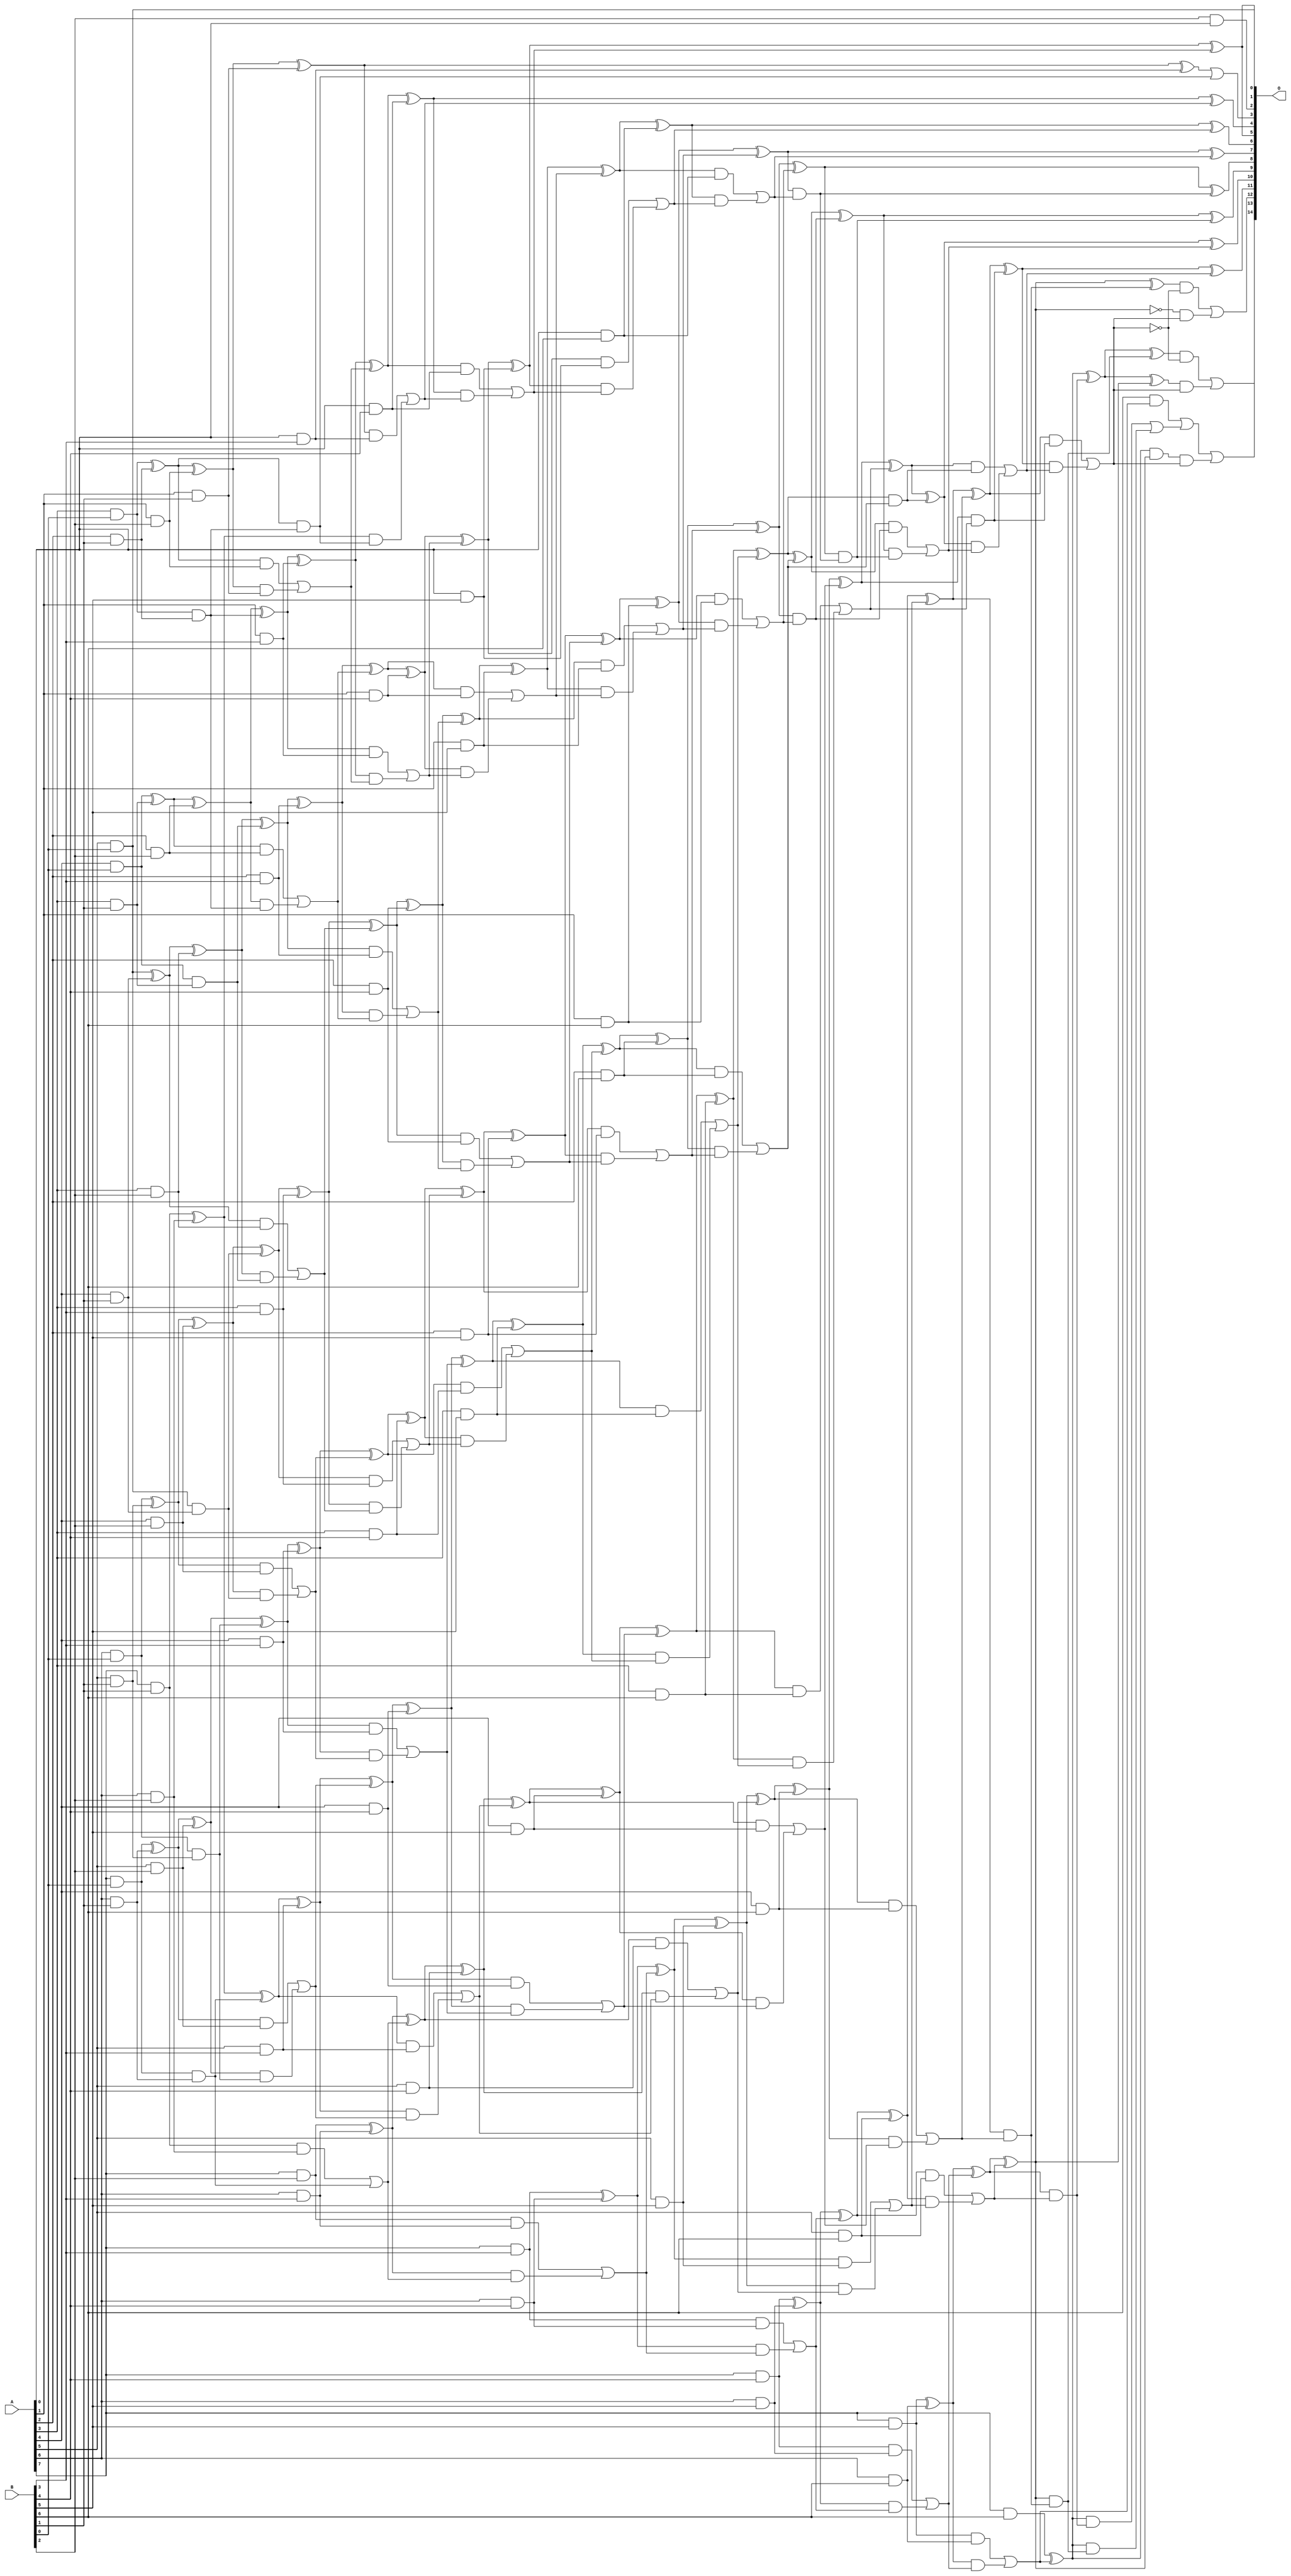
/***
* This code is a part of EvoApproxLib library (ehw.fit.vutbr.cz/approxlib) distributed under The MIT License.
* When used, please cite the following article(s): V. Mrazek, L. Sekanina, Z. Vasicek "Libraries of Approximate Circuits: Automated Design and Application in CNN Accelerators" IEEE Journal on Emerging and Selected Topics in Circuits and Systems, Vol 10, No 4, 2020 
* This file contains a circuit from a sub-set of pareto optimal circuits with respect to the pwr and wce parameters
***/
// MAE% = 0.006 %
// MAE = 2.0 
// WCE% = 0.021 %
// WCE = 7.0 
// WCRE% = 100.00 %
// EP% = 76.95 %
// MRE% = 0.22 %
// MSE = 7.0 
// PDK45_PWR = 0.317 mW
// PDK45_AREA = 578.2 um2
// PDK45_DELAY = 1.43 ns

module mul8x7u_3Y3 (
    A,
    B,
    O
);

input [7:0] A;
input [6:0] B;
output [14:0] O;

wire sig_17,sig_18,sig_19,sig_20,sig_21,sig_22,sig_25,sig_26,sig_27,sig_28,sig_29,sig_30,sig_31,sig_35,sig_36,sig_37,sig_38,sig_39,sig_40,sig_41;
wire sig_42,sig_43,sig_44,sig_46,sig_47,sig_48,sig_49,sig_50,sig_51,sig_52,sig_54,sig_58,sig_59,sig_60,sig_61,sig_62,sig_63,sig_64,sig_65,sig_66;
wire sig_67,sig_68,sig_69,sig_70,sig_71,sig_72,sig_73,sig_74,sig_75,sig_76,sig_77,sig_78,sig_79,sig_80,sig_81,sig_82,sig_83,sig_84,sig_86,sig_87;
wire sig_88,sig_89,sig_90,sig_91,sig_92,sig_93,sig_94,sig_95,sig_96,sig_97,sig_98,sig_99,sig_100,sig_101,sig_102,sig_103,sig_104,sig_105,sig_106,sig_107;
wire sig_108,sig_109,sig_110,sig_111,sig_112,sig_113,sig_114,sig_115,sig_116,sig_117,sig_118,sig_119,sig_120,sig_121,sig_122,sig_123,sig_124,sig_125,sig_126,sig_127;
wire sig_128,sig_129,sig_130,sig_131,sig_132,sig_133,sig_134,sig_135,sig_136,sig_137,sig_138,sig_139,sig_140,sig_141,sig_142,sig_143,sig_144,sig_145,sig_146,sig_147;
wire sig_148,sig_149,sig_150,sig_151,sig_152,sig_153,sig_154,sig_155,sig_156,sig_157,sig_158,sig_159,sig_160,sig_161,sig_162,sig_163,sig_164,sig_165,sig_166,sig_167;
wire sig_168,sig_169,sig_170,sig_171,sig_172,sig_173,sig_174,sig_175,sig_176,sig_177,sig_178,sig_179,sig_180,sig_181,sig_182,sig_183,sig_184,sig_185,sig_186,sig_187;
wire sig_188,sig_189,sig_190,sig_191,sig_192,sig_193,sig_194,sig_195,sig_196,sig_197,sig_198,sig_199,sig_200,sig_201,sig_202,sig_203,sig_204,sig_205,sig_206,sig_207;
wire sig_208,sig_209,sig_210,sig_211,sig_212,sig_213,sig_214,sig_215,sig_216,sig_217,sig_218,sig_219,sig_220,sig_221,sig_222,sig_223,sig_224,sig_225,sig_226,sig_227;
wire sig_228,sig_229,sig_230,sig_231,sig_232,sig_233,sig_234,sig_235,sig_236,sig_237,sig_238,sig_239,sig_240,sig_241,sig_242,sig_243,sig_244,sig_245,sig_246,sig_247;
wire sig_248,sig_249,sig_250,sig_251,sig_252,sig_253,sig_254,sig_255,sig_256,sig_257,sig_258,sig_259,sig_260,sig_261,sig_262,sig_263,sig_264,sig_265,sig_266,sig_267;
wire sig_268,sig_269,sig_270,sig_271,sig_272,sig_273,sig_274,sig_275,sig_276,sig_277,sig_278,sig_279,sig_280,sig_281,sig_282,sig_283,sig_284,sig_285,sig_286,sig_287;
wire sig_288,sig_289,sig_290,sig_291,sig_292,sig_293,sig_294,sig_295,sig_296,sig_297,sig_298,sig_301,sig_305,sig_306,sig_309,sig_310,sig_311,sig_312,sig_313,sig_314;
wire sig_315,sig_316,sig_319,sig_320;

assign sig_17 = A[1] & B[1];
assign sig_18 = A[3] & B[0];
assign sig_19 = A[4] & B[0];
assign sig_20 = A[5] & B[0];
assign sig_21 = A[6] & B[0];
assign sig_22 = A[7] & B[0];
assign sig_25 = A[2] & B[1];
assign sig_26 = A[3] & B[1];
assign sig_27 = A[4] & B[1];
assign sig_28 = A[5] & B[1];
assign sig_29 = A[6] & B[1];
assign sig_30 = A[7] & B[1];
assign sig_31 = B[2] & A[0];
assign sig_35 = sig_18 & sig_25;
assign sig_36 = sig_18 ^ sig_25;
assign sig_37 = sig_19 & sig_26;
assign sig_38 = sig_19 ^ sig_26;
assign sig_39 = sig_20 & sig_27;
assign sig_40 = sig_20 ^ sig_27;
assign sig_41 = sig_21 & sig_28;
assign sig_42 = sig_21 ^ sig_28;
assign sig_43 = sig_22 & sig_29;
assign sig_44 = sig_22 ^ sig_29;
assign sig_46 = A[1] & B[2];
assign sig_47 = A[2] & B[2];
assign sig_48 = A[3] & B[2];
assign sig_49 = A[4] & B[2];
assign sig_50 = A[5] & B[2];
assign sig_51 = A[6] & B[2];
assign sig_52 = A[7] & B[2];
assign sig_54 = sig_36 & sig_35;
assign sig_58 = sig_36 ^ sig_46;
assign sig_59 = sig_36 & sig_46;
assign sig_60 = sig_58 & sig_17;
assign sig_61 = sig_58 ^ sig_17;
assign sig_62 = sig_59 | sig_60;
assign sig_63 = sig_38 ^ sig_47;
assign sig_64 = sig_38 & sig_47;
assign sig_65 = sig_63 & sig_35;
assign sig_66 = sig_63 ^ sig_35;
assign sig_67 = sig_64 | sig_65;
assign sig_68 = sig_40 ^ sig_48;
assign sig_69 = sig_40 & sig_48;
assign sig_70 = sig_68 & sig_37;
assign sig_71 = sig_68 ^ sig_37;
assign sig_72 = sig_69 | sig_70;
assign sig_73 = sig_42 ^ sig_49;
assign sig_74 = sig_42 & sig_49;
assign sig_75 = sig_73 & sig_39;
assign sig_76 = sig_73 ^ sig_39;
assign sig_77 = sig_74 | sig_75;
assign sig_78 = sig_44 ^ sig_50;
assign sig_79 = sig_44 & sig_50;
assign sig_80 = sig_78 & sig_41;
assign sig_81 = sig_78 ^ sig_41;
assign sig_82 = sig_79 | sig_80;
assign sig_83 = sig_30 ^ sig_51;
assign sig_84 = sig_30 & sig_51;
assign sig_86 = sig_83 ^ sig_43;
assign sig_87 = sig_84 | sig_43;
assign sig_88 = A[0] & B[3];
assign sig_89 = A[1] & B[3];
assign sig_90 = A[2] & B[3];
assign sig_91 = A[3] & B[3];
assign sig_92 = A[4] & B[3];
assign sig_93 = A[5] & B[3];
assign sig_94 = A[6] & B[3];
assign sig_95 = A[7] & B[3];
assign sig_96 = sig_61 ^ sig_88;
assign sig_97 = sig_61 & sig_88;
assign sig_98 = sig_83 & sig_54;
assign sig_99 = sig_96 | sig_54;
assign sig_100 = sig_97 | sig_98;
assign sig_101 = sig_66 ^ sig_89;
assign sig_102 = sig_66 & sig_89;
assign sig_103 = sig_101 & sig_62;
assign sig_104 = sig_101 ^ sig_62;
assign sig_105 = sig_102 | sig_103;
assign sig_106 = sig_71 ^ sig_90;
assign sig_107 = sig_71 & sig_90;
assign sig_108 = sig_106 & sig_67;
assign sig_109 = sig_106 ^ sig_67;
assign sig_110 = sig_107 | sig_108;
assign sig_111 = sig_76 ^ sig_91;
assign sig_112 = sig_76 & sig_91;
assign sig_113 = sig_111 & sig_72;
assign sig_114 = sig_111 ^ sig_72;
assign sig_115 = sig_112 | sig_113;
assign sig_116 = sig_81 ^ sig_92;
assign sig_117 = sig_81 & sig_92;
assign sig_118 = sig_116 & sig_77;
assign sig_119 = sig_116 ^ sig_77;
assign sig_120 = sig_117 | sig_118;
assign sig_121 = sig_86 ^ sig_93;
assign sig_122 = sig_86 & sig_93;
assign sig_123 = sig_121 & sig_82;
assign sig_124 = sig_121 ^ sig_82;
assign sig_125 = sig_122 | sig_123;
assign sig_126 = sig_52 ^ sig_94;
assign sig_127 = sig_52 & sig_94;
assign sig_128 = sig_126 & sig_87;
assign sig_129 = sig_126 ^ sig_87;
assign sig_130 = sig_127 | sig_128;
assign sig_131 = A[0] & B[4];
assign sig_132 = A[1] & B[4];
assign sig_133 = A[2] & B[4];
assign sig_134 = A[3] & B[4];
assign sig_135 = A[4] & B[4];
assign sig_136 = A[5] & B[4];
assign sig_137 = A[6] & B[4];
assign sig_138 = A[7] & B[4];
assign sig_139 = sig_104 ^ sig_131;
assign sig_140 = sig_104 & sig_131;
assign sig_141 = sig_139 & sig_100;
assign sig_142 = sig_139 ^ sig_100;
assign sig_143 = sig_140 | sig_141;
assign sig_144 = sig_109 ^ sig_132;
assign sig_145 = sig_109 & sig_132;
assign sig_146 = sig_144 & sig_105;
assign sig_147 = sig_144 ^ sig_105;
assign sig_148 = sig_145 | sig_146;
assign sig_149 = sig_114 ^ sig_133;
assign sig_150 = sig_114 & sig_133;
assign sig_151 = sig_149 & sig_110;
assign sig_152 = sig_149 ^ sig_110;
assign sig_153 = sig_150 | sig_151;
assign sig_154 = sig_119 ^ sig_134;
assign sig_155 = sig_119 & sig_134;
assign sig_156 = sig_154 & sig_115;
assign sig_157 = sig_154 ^ sig_115;
assign sig_158 = sig_155 | sig_156;
assign sig_159 = sig_124 ^ sig_135;
assign sig_160 = sig_124 & sig_135;
assign sig_161 = sig_159 & sig_120;
assign sig_162 = sig_159 ^ sig_120;
assign sig_163 = sig_160 | sig_161;
assign sig_164 = sig_129 ^ sig_136;
assign sig_165 = sig_129 & sig_136;
assign sig_166 = sig_164 & sig_125;
assign sig_167 = sig_164 ^ sig_125;
assign sig_168 = sig_165 | sig_166;
assign sig_169 = sig_95 ^ sig_137;
assign sig_170 = sig_95 & sig_137;
assign sig_171 = sig_169 & sig_130;
assign sig_172 = sig_169 ^ sig_130;
assign sig_173 = sig_170 | sig_171;
assign sig_174 = A[0] & B[5];
assign sig_175 = A[1] & B[5];
assign sig_176 = A[2] & B[5];
assign sig_177 = A[3] & B[5];
assign sig_178 = A[4] & B[5];
assign sig_179 = A[5] & B[5];
assign sig_180 = A[6] & B[5];
assign sig_181 = A[7] & B[5];
assign sig_182 = sig_147 ^ sig_174;
assign sig_183 = sig_147 & sig_174;
assign sig_184 = sig_182 & sig_143;
assign sig_185 = sig_182 ^ sig_143;
assign sig_186 = sig_183 | sig_184;
assign sig_187 = sig_152 ^ sig_175;
assign sig_188 = sig_152 & sig_175;
assign sig_189 = sig_187 & sig_148;
assign sig_190 = sig_187 ^ sig_148;
assign sig_191 = sig_188 | sig_189;
assign sig_192 = sig_157 ^ sig_176;
assign sig_193 = sig_157 & sig_176;
assign sig_194 = sig_192 & sig_153;
assign sig_195 = sig_192 ^ sig_153;
assign sig_196 = sig_193 | sig_194;
assign sig_197 = sig_162 ^ sig_177;
assign sig_198 = sig_162 & sig_177;
assign sig_199 = sig_197 & sig_158;
assign sig_200 = sig_197 ^ sig_158;
assign sig_201 = sig_198 | sig_199;
assign sig_202 = sig_167 ^ sig_178;
assign sig_203 = sig_167 & sig_178;
assign sig_204 = sig_202 & sig_163;
assign sig_205 = sig_202 ^ sig_163;
assign sig_206 = sig_203 | sig_204;
assign sig_207 = sig_172 ^ sig_179;
assign sig_208 = sig_172 & sig_179;
assign sig_209 = sig_207 & sig_168;
assign sig_210 = sig_207 ^ sig_168;
assign sig_211 = sig_208 | sig_209;
assign sig_212 = sig_138 ^ sig_180;
assign sig_213 = sig_138 & sig_180;
assign sig_214 = sig_212 & sig_173;
assign sig_215 = sig_212 ^ sig_173;
assign sig_216 = sig_213 | sig_214;
assign sig_217 = A[0] & B[6];
assign sig_218 = A[1] & B[6];
assign sig_219 = A[2] & B[6];
assign sig_220 = A[3] & B[6];
assign sig_221 = A[4] & B[6];
assign sig_222 = A[5] & B[6];
assign sig_223 = A[6] & B[6];
assign sig_224 = A[7] & B[6];
assign sig_225 = sig_190 ^ sig_217;
assign sig_226 = sig_190 & sig_217;
assign sig_227 = sig_225 & sig_186;
assign sig_228 = sig_225 ^ sig_186;
assign sig_229 = sig_226 | sig_227;
assign sig_230 = sig_195 ^ sig_218;
assign sig_231 = sig_195 & sig_218;
assign sig_232 = sig_230 & sig_191;
assign sig_233 = sig_230 ^ sig_191;
assign sig_234 = sig_231 | sig_232;
assign sig_235 = sig_200 ^ sig_219;
assign sig_236 = sig_200 & sig_219;
assign sig_237 = sig_235 & sig_196;
assign sig_238 = sig_235 ^ sig_196;
assign sig_239 = sig_236 | sig_237;
assign sig_240 = sig_205 ^ sig_220;
assign sig_241 = sig_205 & sig_220;
assign sig_242 = sig_240 & sig_201;
assign sig_243 = sig_240 ^ sig_201;
assign sig_244 = sig_241 | sig_242;
assign sig_245 = sig_210 ^ sig_221;
assign sig_246 = sig_210 & sig_221;
assign sig_247 = sig_245 & sig_206;
assign sig_248 = sig_245 ^ sig_206;
assign sig_249 = sig_246 | sig_247;
assign sig_250 = sig_215 ^ sig_222;
assign sig_251 = sig_215 & sig_222;
assign sig_252 = sig_250 & sig_211;
assign sig_253 = sig_250 ^ sig_211;
assign sig_254 = sig_251 | sig_252;
assign sig_255 = sig_181 ^ sig_223;
assign sig_256 = sig_181 & sig_223;
assign sig_257 = sig_255 & sig_216;
assign sig_258 = sig_255 ^ sig_216;
assign sig_259 = sig_256 | sig_257;
assign sig_260 = sig_233 & sig_229;
assign sig_261 = sig_233 ^ sig_229;
assign sig_262 = sig_238 & sig_234;
assign sig_263 = sig_238 ^ sig_234;
assign sig_264 = sig_243 & sig_239;
assign sig_265 = sig_243 ^ sig_239;
assign sig_266 = sig_248 & sig_244;
assign sig_267 = sig_248 ^ sig_244;
assign sig_268 = sig_253 & sig_249;
assign sig_269 = sig_253 ^ sig_249;
assign sig_270 = sig_258 & sig_254;
assign sig_271 = sig_258 ^ sig_254;
assign sig_272 = B[6] & sig_259;
assign sig_273 = sig_224 ^ sig_259;
assign sig_274 = sig_263 ^ sig_260;
assign sig_275 = sig_263 & sig_260;
assign sig_276 = sig_265 ^ sig_262;
assign sig_277 = sig_265 & sig_262;
assign sig_278 = sig_276 & sig_275;
assign sig_279 = sig_276 ^ sig_275;
assign sig_280 = sig_277 | sig_278;
assign sig_281 = sig_267 ^ sig_264;
assign sig_282 = sig_267 & sig_264;
assign sig_283 = sig_281 & sig_280;
assign sig_284 = sig_281 ^ sig_280;
assign sig_285 = sig_282 | sig_283;
assign sig_286 = sig_269 ^ sig_266;
assign sig_287 = sig_269 & sig_266;
assign sig_288 = sig_286 & sig_285;
assign sig_289 = sig_286 ^ sig_285;
assign sig_290 = sig_287 | sig_288;
assign sig_291 = sig_271 ^ sig_268;
assign sig_292 = sig_271 & sig_268;
assign sig_293 = sig_273 ^ sig_270;
assign sig_294 = sig_273 & sig_270;
assign sig_295 = sig_273 & sig_292;
assign sig_296 = sig_293 ^ sig_292;
assign sig_297 = sig_294 | sig_295;
assign sig_298 = sig_272 | sig_297;
assign sig_301 = ~sig_271;
assign sig_305 = sig_273 & sig_271;
assign sig_306 = sig_293 ^ sig_271;
assign sig_309 = ~sig_290;
assign sig_310 = sig_291 & sig_309;
assign sig_311 = sig_301 & sig_290;
assign sig_312 = sig_310 | sig_311;
assign sig_313 = ~sig_290;
assign sig_314 = sig_296 & sig_313;
assign sig_315 = sig_306 & sig_290;
assign sig_316 = sig_314 | sig_315;
assign sig_319 = sig_305 & sig_290;
assign sig_320 = sig_298 | sig_319;

assign O[14] = sig_320;
assign O[13] = sig_316;
assign O[12] = sig_312;
assign O[11] = sig_289;
assign O[10] = sig_284;
assign O[9] = sig_279;
assign O[8] = sig_274;
assign O[7] = sig_261;
assign O[6] = sig_228;
assign O[5] = sig_185;
assign O[4] = sig_142;
assign O[3] = sig_99;
assign O[2] = sig_31;
assign O[1] = sig_20;
assign O[0] = sig_185;

endmodule